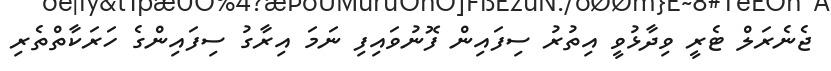
ޖެނެރަލް ޓެރީ ވިދާޅުވީ އިތުރު ސިފައިން ފޮނުވައިފި ނަމަ އިރާގު ސިފައިންގެ ހަރަކާތްތެރި